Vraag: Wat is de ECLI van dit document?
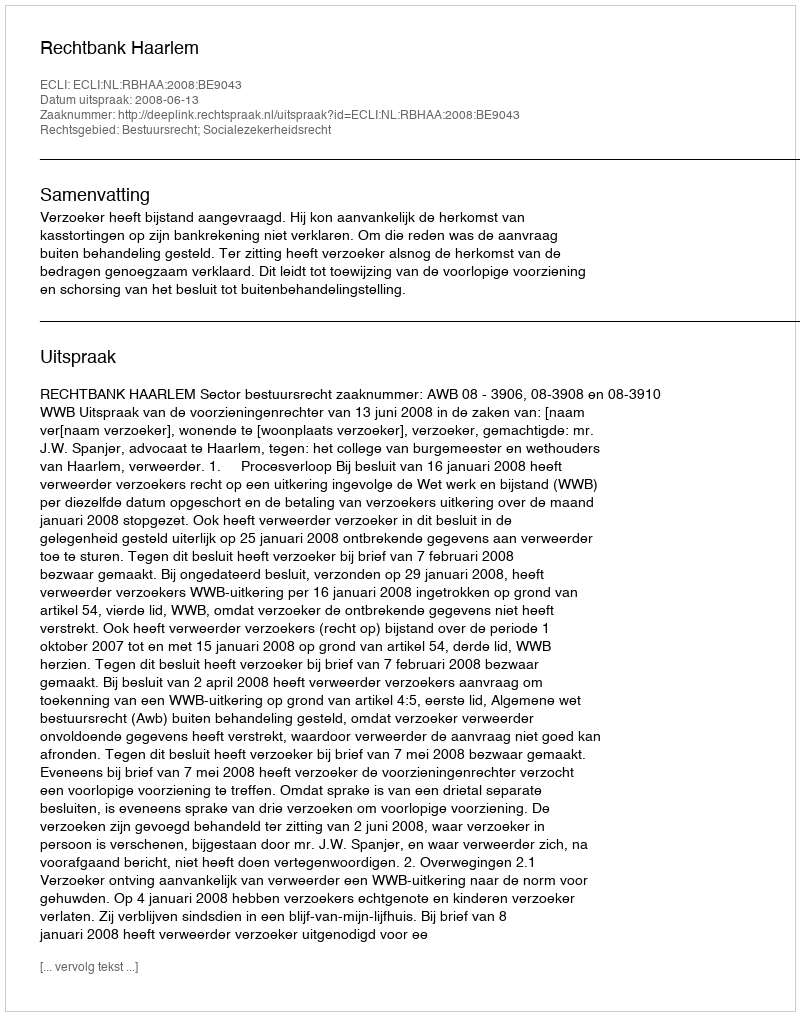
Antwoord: ECLI:NL:RBHAA:2008:BE9043